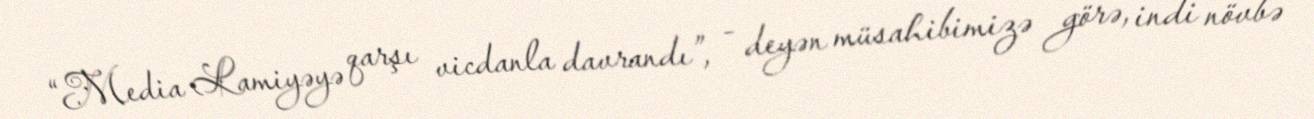
“Media Lamiyəyə qarşı vicdanla davrandı”, - deyən müsahibimizə görə, indi növbə